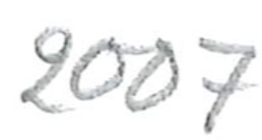
Text: 2007
Cross-out: clean
Writing tool: pencil